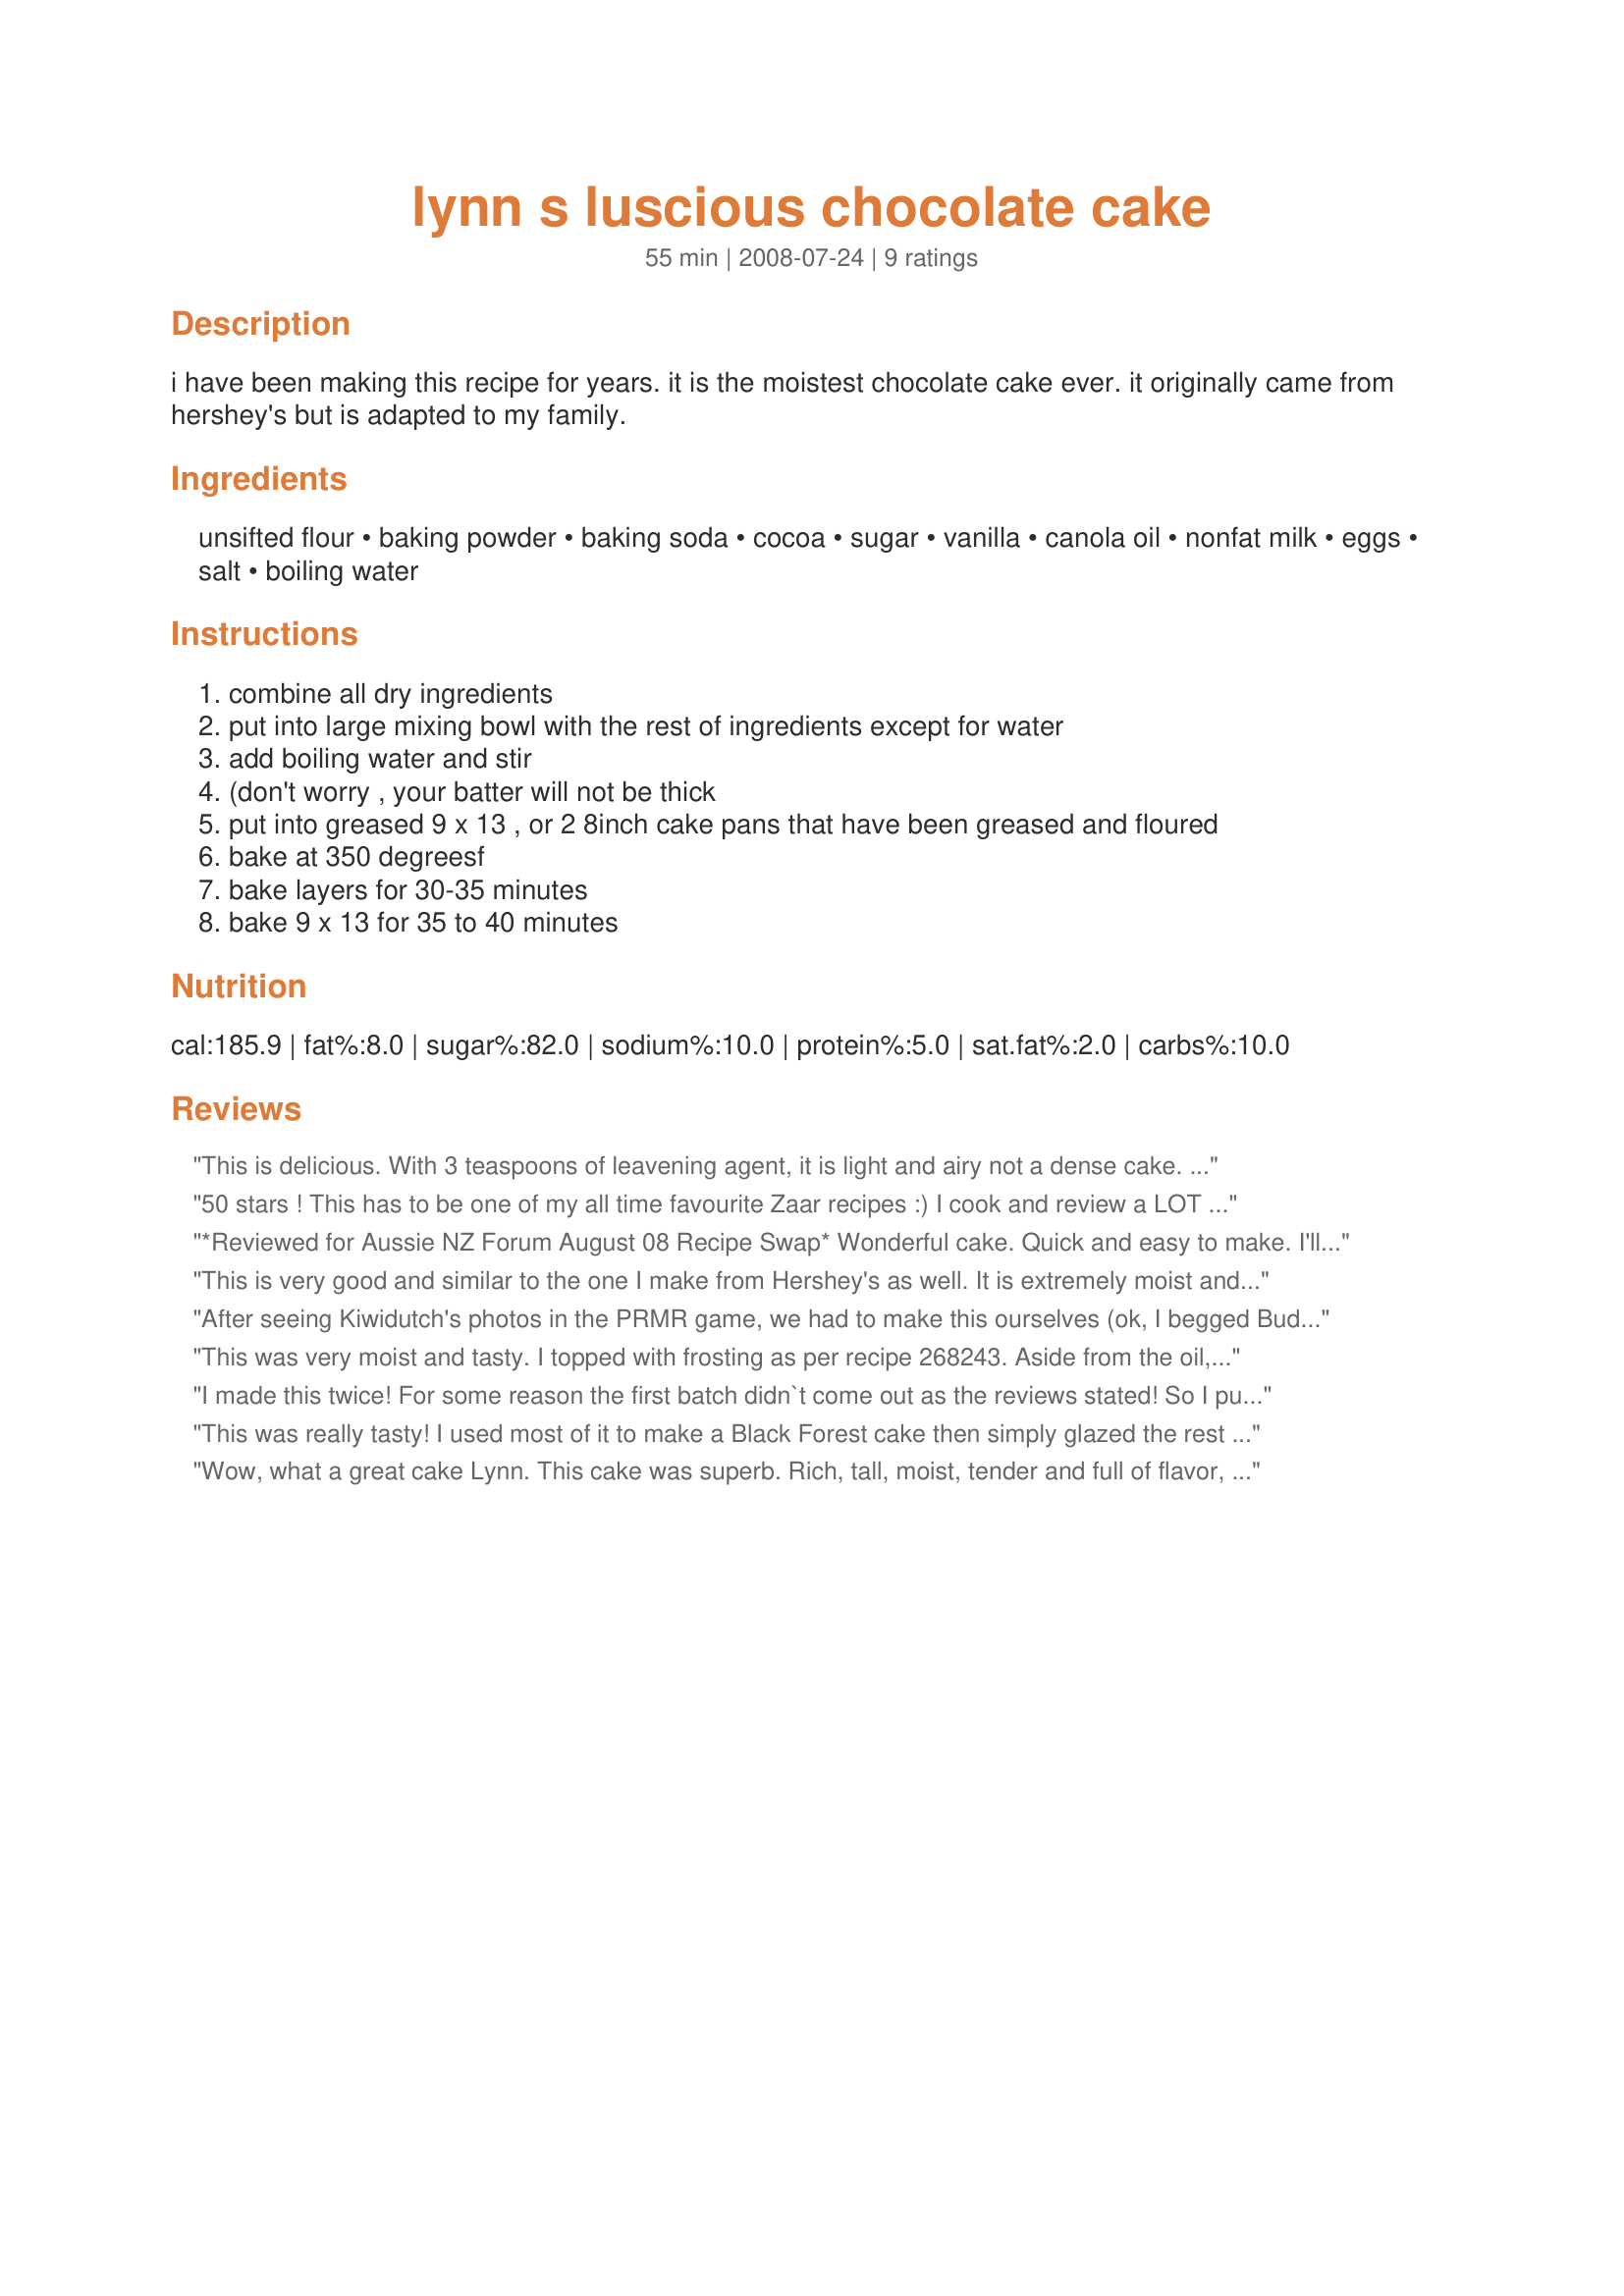
lynn s luscious chocolate cake
Preparation time: 55 minutes

i have been making this recipe for years. it is the moistest chocolate cake ever. it originally came from hershey's but is adapted to my family.

Ingredients:
unsifted flour, baking powder, baking soda, cocoa, sugar, vanilla, canola oil, nonfat milk, eggs, salt, boiling water

Steps:
combine all dry ingredients
put into large mixing bowl with the rest of ingredients except for water
add boiling water and stir
(don't worry , your batter will not be thick
put into greased 9 x 13 , or 2 8inch cake pans that have been greased and floured
bake at 350 degreesf
bake layers for 30-35 minutes
bake 9 x 13 for 35 to 40 minutes

Reviews:
This is delicious. With 3 teaspoons of leavening agent, it is light and airy not a dense cake. I had one rather big problem, only because I did not follow directions on pan size. I put it in a bundt pan. I baked it 45 minutes and that was perfect. The problem was getting it out of the pan. Sadly, only half the cake came out. I used Baker Joy spray release and maybe I should have floured it too. Or maybe I should have let it cool a little longer. But no matter, it sure tastes great, weather it be the half left in the pan or the half on the plate. I will make this again. Made for Please Review My Recipe 2012
50 stars ! This has to be one of my all time favourite Zaar recipes :)
 I cook and review a LOT but have *never* had success with cakes, until *NOW*. In fact, I've become rather too well known for my cake making disasters. Then, in a rash fit of optimism I said yes when DS asked for a home-made " Cars Lightening Mac Queen Birthday Cake.. after all who can possibly say "No" to the " please please Mama" of the upturned pleading face of a soon to be 4 year old? I used the two pan option and got the two tallest cakes I have *ever* made in my life. Just one point: I would highly recommend that you not just grease the pans but also line them with baking paper as I did because these cakes are very soft and moist and I probably would not have managed to get them out of the pans intact had I not done that. Finally ! a cake that is idiot proof (and with my long and disastrous cake baking history I am just the idiot to try this out on LOL) These cake are the sort that you start drooling over just *thinking* about them. Once tasted you will be hooked for life. I even managed to decorate them.. ok, a few issues with having a gas heater in an insanely cold Dutch kitchen and the icing going soft and slipping off in places, but DS was delighted to bits and the Birthday guests were ecstatic. The " trailer" behind the car is actually a shop bought back-up cake since I fully expected my own efforts to fall short.. I did use it but the taste was FAR FAR less than Lynn's cake. So.. Please see my Rating System: Non bakers Unite, heat up your ovens, grab your aprons and RUN to make this recipe and like me, put your " I-don't-really-bake-cake" days into the distant past. Do you have to ask more about my rating? Naturally: 5 excellent, wonderful, brilliant, amazing stars for this recipe all the way!!! Thank You Thank You Thanks You Lynn for changing my Cake Baking Life forever!
*Reviewed for Aussie NZ Forum August 08 Recipe Swap* Wonderful cake. Quick and easy to make. I'll agree it is a wonderfully moist cake. Nobody would believe how quick and easy it is to make for the wonderful taste and texture of this cake. I love cakes that only use one bowl and dont require electric beaters. We teamed this cake with your recipe#262771 #262771 for a truely wonderful cake. My family really enjoyed this cake. I used Australian metric measures and a 24cm square cake tin. I'd suggest using a good quality cooking paper to line the base of the tin as the cake did stick a little. Took about 45 minutes in the oven at 180C. A great cake that we will most definitely be enjoying again (perhaps I'll even try it using gluten-free flours next time round ) Photo also being posted.
This is very good and similar to the one I make from Hershey's as well. It is extremely moist and should please any chocolate lover! Thanks for sharing.
After seeing Kiwidutch's photos in the PRMR game, we had to make this ourselves (ok, I begged Buddha to make it for us, lol). All the ingredients were at hand, so we made this up pretty fast which is great when you have a chocolate craving. When Buddha had the batter ready, he showed me and said "Look, there's no way this is gonna be a cake, it's more like a soup!" I replied "Four reviews can't be wrong, just have a little faith." Well, Buddha was enlightened as the 9x13 cake was done up in no time. Nice, light, and very moist, we enjoyed this cake warm right out of the oven! Thanks Lynn, for a great recipe. :)
This was very moist and tasty. I topped with frosting as per recipe 268243. Aside from the oil, there was no fat in the cake. You would never have guessed it. Much better idea than those butter filled caked. Thanks!
I made this twice! For some reason the first batch didn`t come out as the reviews stated! So I put together an other batch and was so much more airy and light and rich. If you check the photo of mine the top layer is the first mix, you can see it is drier. I messed up and didn`t flour the pans after spraying them!! Please do remember to flour. I filled and topped with Recipe #174315. Thanks!
This was really tasty! I used most of it to make a Black Forest cake then simply glazed the rest - both times were excellent. I did cut down on the sugar a bit but otherwise followed the recipe. Thanks!
Wow, what a great cake Lynn. This cake was superb. Rich, tall, moist, tender and full of flavor, with a great crumb. It was quick and easy to make. I will be making this one often. Thanks so much for sharing.
